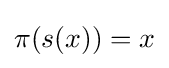
\pi (s(x))=x